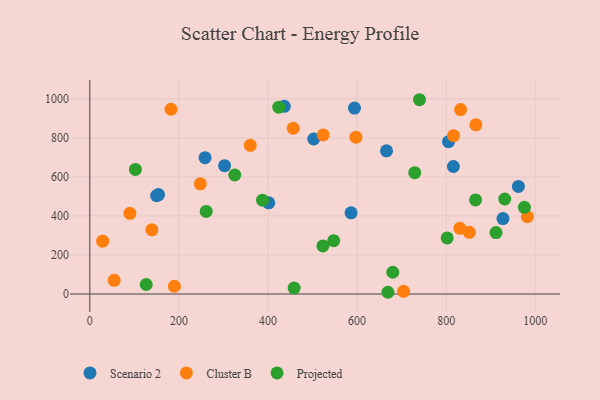
{"axis": {"x": "Ad Spend", "y": "Demand"}, "legend": ["Cluster B", "Projected", "Scenario 2"], "data": [{"x": "302.6", "y": 657.9, "type": "Scenario 2"}, {"x": "150.1", "y": 503.9, "type": "Scenario 2"}, {"x": "666.2", "y": 734.1, "type": "Scenario 2"}, {"x": "927.6", "y": 386.4, "type": "Scenario 2"}, {"x": "586.5", "y": 416.1, "type": "Scenario 2"}, {"x": "805.3", "y": 780.8, "type": "Scenario 2"}, {"x": "258.7", "y": 698.8, "type": "Scenario 2"}, {"x": "502.8", "y": 794.5, "type": "Scenario 2"}, {"x": "401.8", "y": 467.2, "type": "Scenario 2"}, {"x": "962.3", "y": 551.3, "type": "Scenario 2"}, {"x": "594.3", "y": 952.8, "type": "Scenario 2"}, {"x": "816.3", "y": 653.6, "type": "Scenario 2"}, {"x": "436.6", "y": 962.1, "type": "Scenario 2"}, {"x": "154.3", "y": 509.5, "type": "Scenario 2"}, {"x": "28.8", "y": 270.9, "type": "Cluster B"}, {"x": "90.0", "y": 413.6, "type": "Cluster B"}, {"x": "139.4", "y": 329.2, "type": "Cluster B"}, {"x": "524.0", "y": 815.6, "type": "Cluster B"}, {"x": "816.6", "y": 811.7, "type": "Cluster B"}, {"x": "248.2", "y": 564.6, "type": "Cluster B"}, {"x": "982.4", "y": 396.6, "type": "Cluster B"}, {"x": "597.5", "y": 804.0, "type": "Cluster B"}, {"x": "189.8", "y": 39.9, "type": "Cluster B"}, {"x": "866.8", "y": 866.9, "type": "Cluster B"}, {"x": "852.2", "y": 316.2, "type": "Cluster B"}, {"x": "54.7", "y": 69.9, "type": "Cluster B"}, {"x": "832.5", "y": 945.5, "type": "Cluster B"}, {"x": "830.7", "y": 336.8, "type": "Cluster B"}, {"x": "182.3", "y": 947.0, "type": "Cluster B"}, {"x": "360.2", "y": 762.0, "type": "Cluster B"}, {"x": "704.5", "y": 13.9, "type": "Cluster B"}, {"x": "456.7", "y": 850.0, "type": "Cluster B"}, {"x": "802.4", "y": 287.5, "type": "Projected"}, {"x": "931.6", "y": 487.1, "type": "Projected"}, {"x": "424.3", "y": 957.6, "type": "Projected"}, {"x": "325.5", "y": 609.9, "type": "Projected"}, {"x": "912.0", "y": 314.8, "type": "Projected"}, {"x": "261.3", "y": 423.4, "type": "Projected"}, {"x": "729.5", "y": 621.9, "type": "Projected"}, {"x": "740.2", "y": 995.8, "type": "Projected"}, {"x": "680.2", "y": 111.6, "type": "Projected"}, {"x": "523.4", "y": 246.6, "type": "Projected"}, {"x": "126.7", "y": 48.8, "type": "Projected"}, {"x": "458.8", "y": 30.5, "type": "Projected"}, {"x": "547.6", "y": 273.6, "type": "Projected"}, {"x": "387.8", "y": 481.1, "type": "Projected"}, {"x": "102.4", "y": 638.7, "type": "Projected"}, {"x": "866.1", "y": 482.4, "type": "Projected"}, {"x": "669.3", "y": 8.9, "type": "Projected"}, {"x": "975.7", "y": 444.3, "type": "Projected"}]}